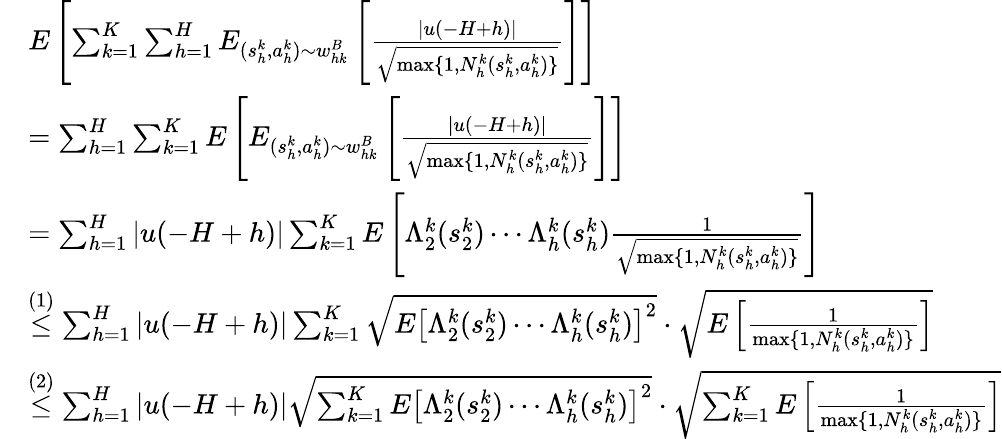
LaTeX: \begin{array}{rl}&{E\left[\sum_{k=1}^{K}\sum_{h=1}^{H}E_{(s_{h}^{k},a_{h}^{k})\sim w_{hk}^{B}}\left[\frac{\vert u(-H+h)\vert}{\sqrt{\operatorname*{max}\{ 1,N_{h}^{k}(s_{h}^{k},a_{h}^{k})\} }}\right]\right]}\\ &{=\sum_{h=1}^{H}\sum_{k=1}^{K}E\left[E_{(s_{h}^{k},a_{h}^{k})\sim w_{hk}^{B}}\left[\frac{\vert u(-H+h)\vert}{\sqrt{\operatorname*{max}\{ 1,N_{h}^{k}(s_{h}^{k},a_{h}^{k})\} }}\right]\right]}\\ &{=\sum_{h=1}^{H}\vert u(-H+h)\vert\sum_{k=1}^{K}E\left[\Lambda_{2}^{k}(s_{2}^{k})\cdots\Lambda_{h}^{k}(s_{h}^{k})\frac{1}{\sqrt{\operatorname*{max}\{ 1,N_{h}^{k}(s_{h}^{k},a_{h}^{k})\} }}\right]}\\ &{\overset{(1)}{\leq}\sum_{h=1}^{H}\vert u(-H+h)\vert\sum_{k=1}^{K}\sqrt{E\left[\Lambda_{2}^{k}(s_{2}^{k})\cdots\Lambda_{h}^{k}(s_{h}^{k})\right]^{2}}\cdot\sqrt{E\left[\frac{1}{\operatorname*{max}\{ 1,N_{h}^{k}(s_{h}^{k},a_{h}^{k})\} }\right]}}\\ &{\overset{(2)}{\leq}\sum_{h=1}^{H}\vert u(-H+h)\vert\sqrt{\sum_{k=1}^{K}E\left[\Lambda_{2}^{k}(s_{2}^{k})\cdots\Lambda_{h}^{k}(s_{h}^{k})\right]^{2}}\cdot\sqrt{\sum_{k=1}^{K}E\left[\frac{1}{\operatorname*{max}\{ 1,N_{h}^{k}(s_{h}^{k},a_{h}^{k})\} }\right]}}\end{array}